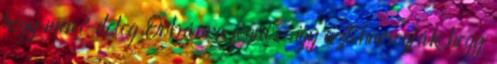
hogy menő dolog Orbánra fogni, így azt harsogják hogy